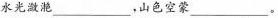
水光潋滟___，山色空蒙___。